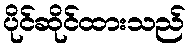
ပိုင်ဆိုင်ထားသည်